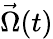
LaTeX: {\vec{\Omega}}(t)